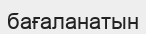
бағаланатын